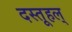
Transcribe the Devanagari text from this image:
दस्तूहल्